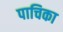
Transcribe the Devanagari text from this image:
पाचिका